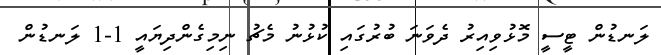
ލަނޑުން ޓީސީ މޮޅުވިއިރު ދެވަނަ ބުރުގައި ކުޅުނު މެޗު ނިމިގެންދިޔައީ 1-1 ލަނޑުން